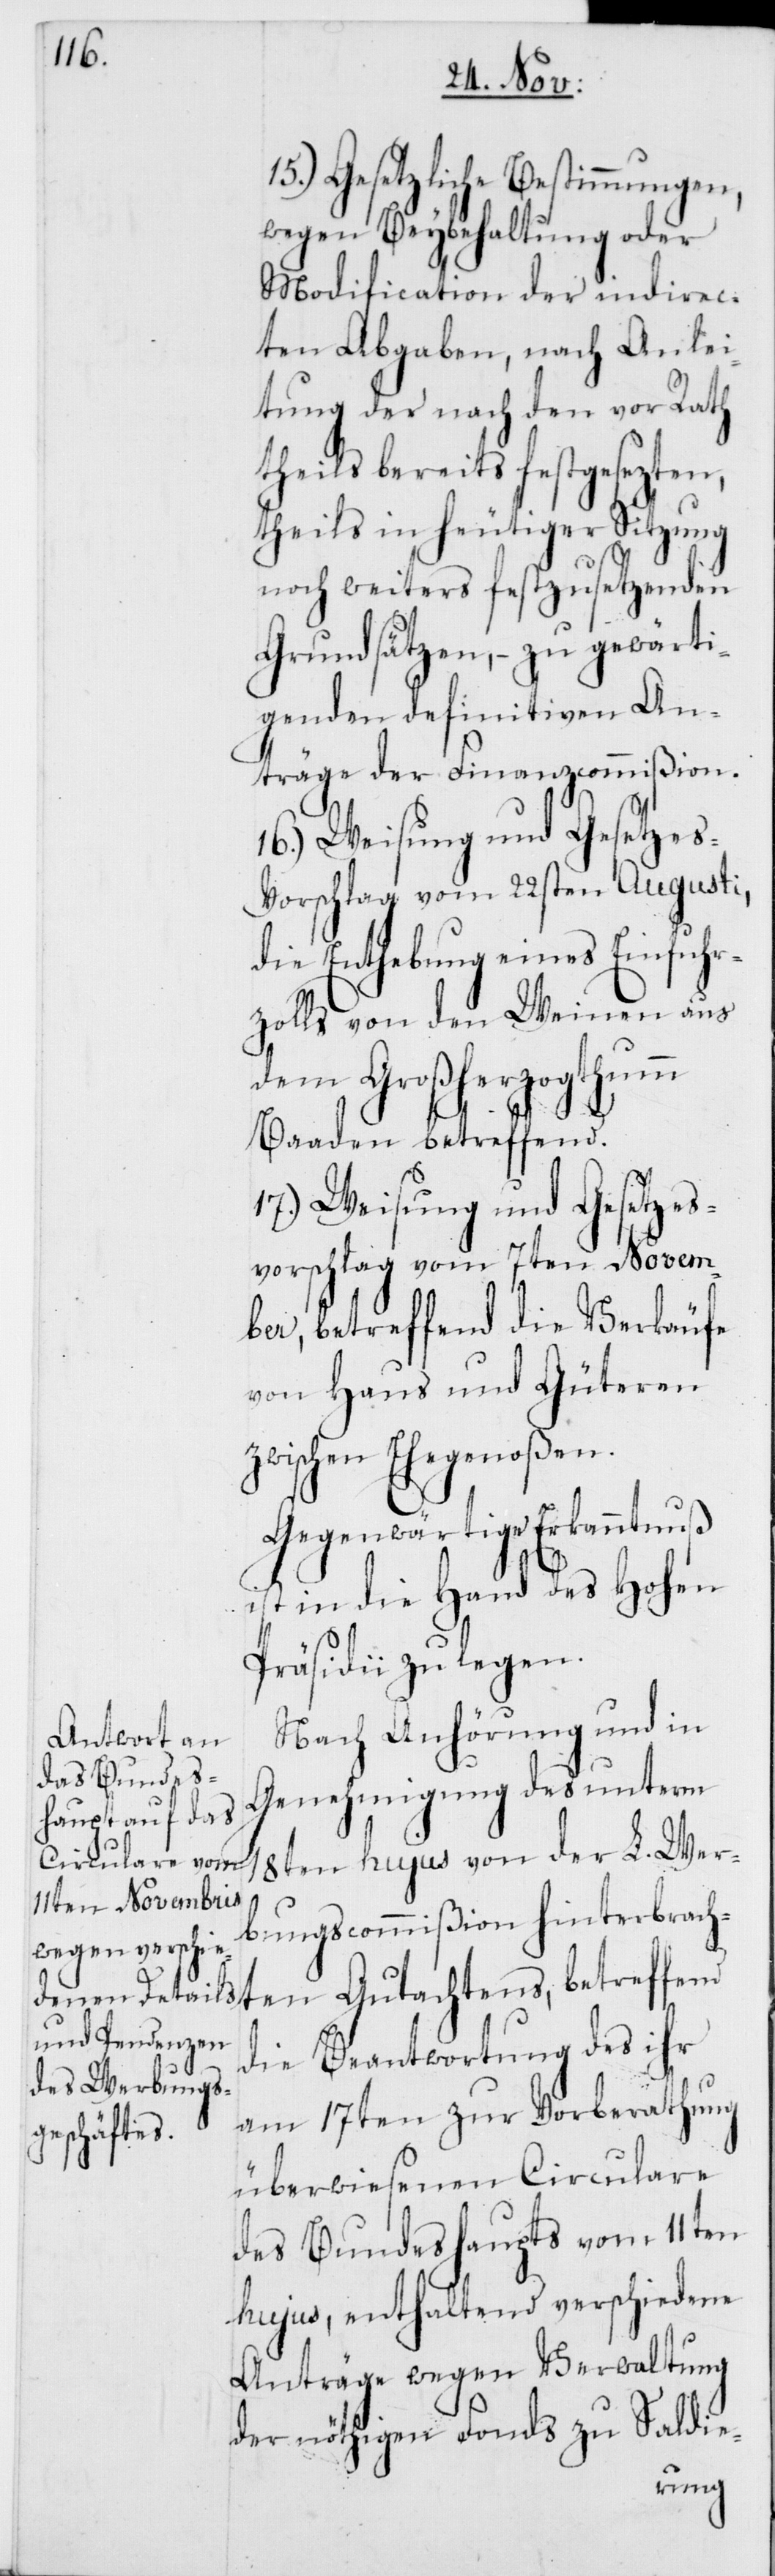
15.) Gesetzliche Bestimmungen,
wegen Beybehaltung oder
Modification der indirec¬
ten Abgaben, nach Anlei¬
tung der nach den vor Rath
theils bereits festgesezten,
theils in heutiger Sitzung
noch weiters festzusetzenden
Grundsätzen, – zu gewärti¬
genden definitiven An¬
träge der Finanzcommißion.
16.) Weisung und Gesetzes¬
vorschlag vom 22sten Augusti,
die Enthebung eines Einfuhr¬
zolls von den Weinen aus
dem Großherzogtum
Gutachtens, betreffend
17.) Weisung und Gesetzes¬
vorschlag vom 7ten Novem¬
ber, betreffend die Verkäufe
von Haus und Güteren
zwischen Ehegenoßen.
Gegenwärtige Erkanntnuß
ist in die Hand des Hohen
Präsidii zu legen.
Nach Anhörung und in
Genehmigung des unterm
18ten hujus von der L. Wer¬
bungscommißion hinterbracht¬
die Beantwortung des ihr
am 17ten zur Vorberathung
überwiesenen Circulare
des Bundeshaupts vom 11ten
hujus, enthaltend verschiedene
Anträge wegen Verwaltung
der nöthigen Fonds zu Saldie-
en